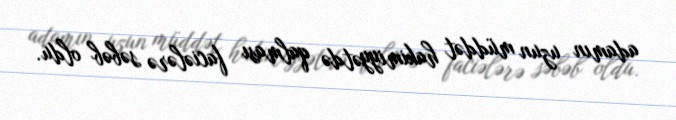
adamın uzun müddət hakimiyyətdə qalması faciələrə səbəb oldu.